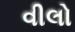
વીલો